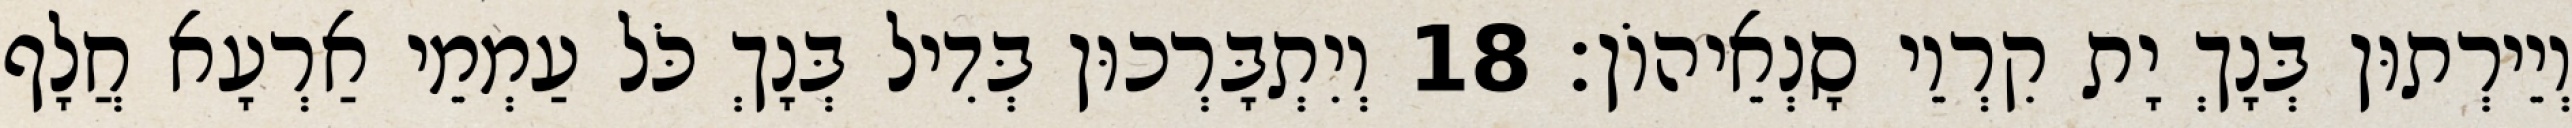
וְיֵירְתוּן בְּנָךְ יָת קִרְוֵי סָנְאֵיהוֹן׃ 18 וְיִתְבָּרְכוּן בְּדִיל בְּנָךְ כֹּל עַמְמֵי אַרְעָא חֲלָף